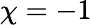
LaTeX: \chi=-1